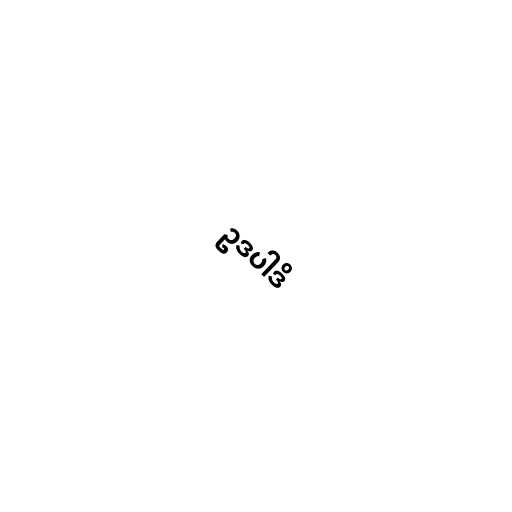
ဥဒပါဒိ